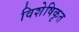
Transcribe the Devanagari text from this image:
विशेषिकृत